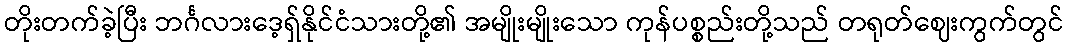
တိုးတက်ခဲ့ပြီး ဘင်္ဂလားဒေ့ရှ်နိုင်ငံသားတို့၏ အမျိုးမျိုးသော ကုန်ပစ္စည်းတို့သည် တရုတ်ဈေးကွက်တွင်